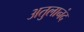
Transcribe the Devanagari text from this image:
अतुलानंद